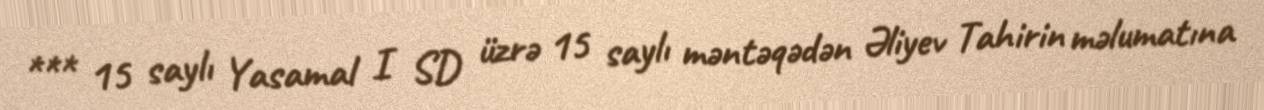
*** 15 saylı Yasamal I SD üzrə 15 saylı məntəqədən Əliyev Tahirin məlumatına